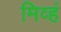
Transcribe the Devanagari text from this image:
मिव्हं